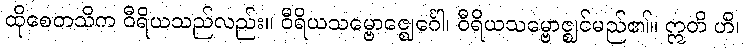
ထိုစေတသိက ဝီရိယသည်လည်း။ ဝီရိယသမ္ဗောဇ္ဈေင်္ဂေါ၊ ဝီရိယသမ္ဗောဇ္ဈင်မည်၏။ ဣတိ ဟိ၊